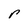
Character: r